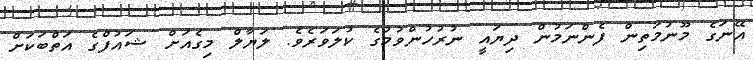
އޭނަގެ މޫނުމަތިން ފެންނަމުން ދިޔައީ ނުރުހުންވުމުގެ ކުލަވަރެވެ. ލަޔާލް މިގެއަށް ޝައުފްގެ އަތްބަކަށް